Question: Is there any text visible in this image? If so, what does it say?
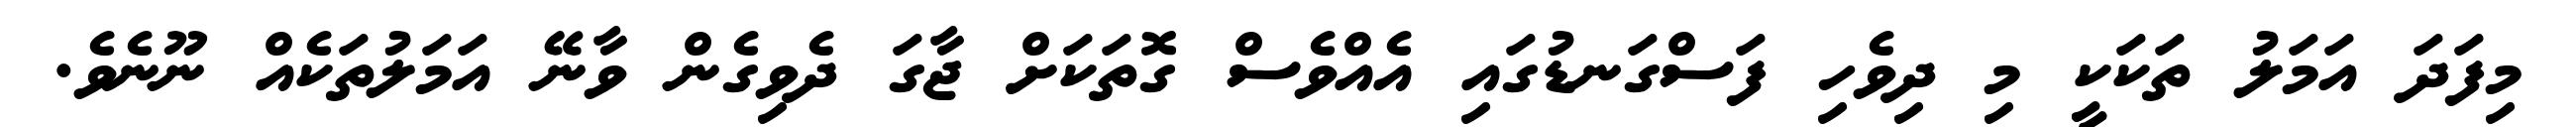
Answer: މިފަދަ އަމަލު ތަކަކީ މި ދިވެހި ފަސްގަނޑުގައި އެއްވެސް ގޮތަކަށް ޖާގަ ދެވިގެން ވާނޭ އަމަލުތަކެއް ނޫނެވެ.